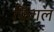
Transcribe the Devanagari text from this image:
फिंगल